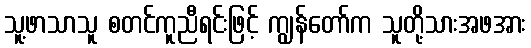
သူ့ဖာသာသူ စတင်ကူညီရင်းဖြင့် ကျွန်တော်က သူတို့သားအဖအား